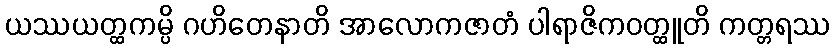
ယဿယတ္ထကမ္ပိ ဂဟိတေနာတိ အာလောကဇာတံ ပါရာဇိကဝတ္ထူတိ ကတ္တရဿ